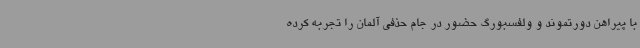
با پیراهن دورتموند و ولفسبورگ حضور در جام حذفی آلمان را تجربه کرده